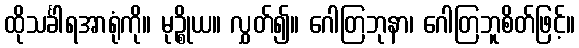
ထိုသင်္ခါရအာရုံကို။ မုဉ္စိုယ။ လွှတ်၍။ ဂေါတြဘုနာ၊ ဂေါတြဘူစိတ်ဖြင့်။